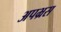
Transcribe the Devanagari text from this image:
अपभ्रस